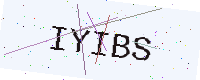
Text: IYIBS